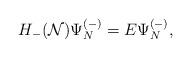
LaTeX: \begin{align*}H_-({\cal N}) \Psi_N^{(-)} = E \Psi_N^{(-)}, \end{align*}